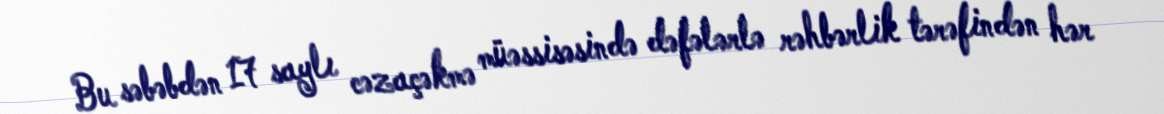
Bu səbəbdən 17 saylı cəzaçəkmə müəssisəsində dəfələrlə rəhbərlik tərəfindən hər